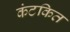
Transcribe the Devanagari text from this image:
कंटकित